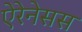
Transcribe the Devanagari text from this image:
ऐरेनेसस